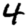
Digit: 4